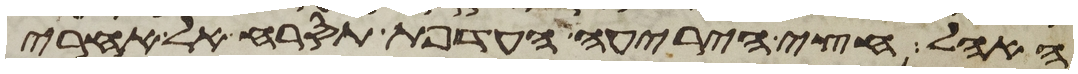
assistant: האהל חצי היריעה העדפת תסרח אל אחרי